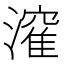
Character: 𭲶